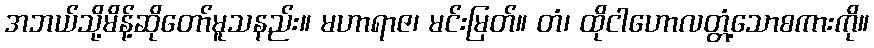
အဘယ်သို့မိန့်ဆိုတော်မူသနည်း။ မဟာရာဇ၊ မင်းမြတ်။ တံ၊ ထိုငါဟောလတ္တံ့သောစကားကို။